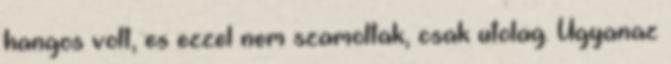
hangos volt, es ezzel nem szamoltak, csak utolag. Ugyanaz